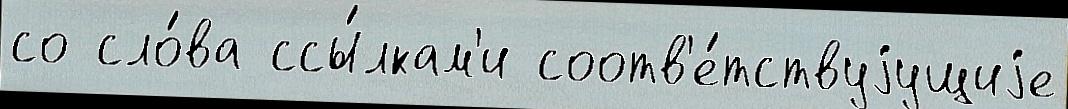
со сло́ва ссы́лкам'и соотв'е́тствуjущиjе